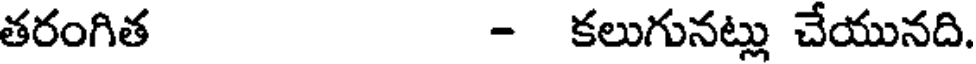
తరంగిత - కలుగునట్లు చేయునది.